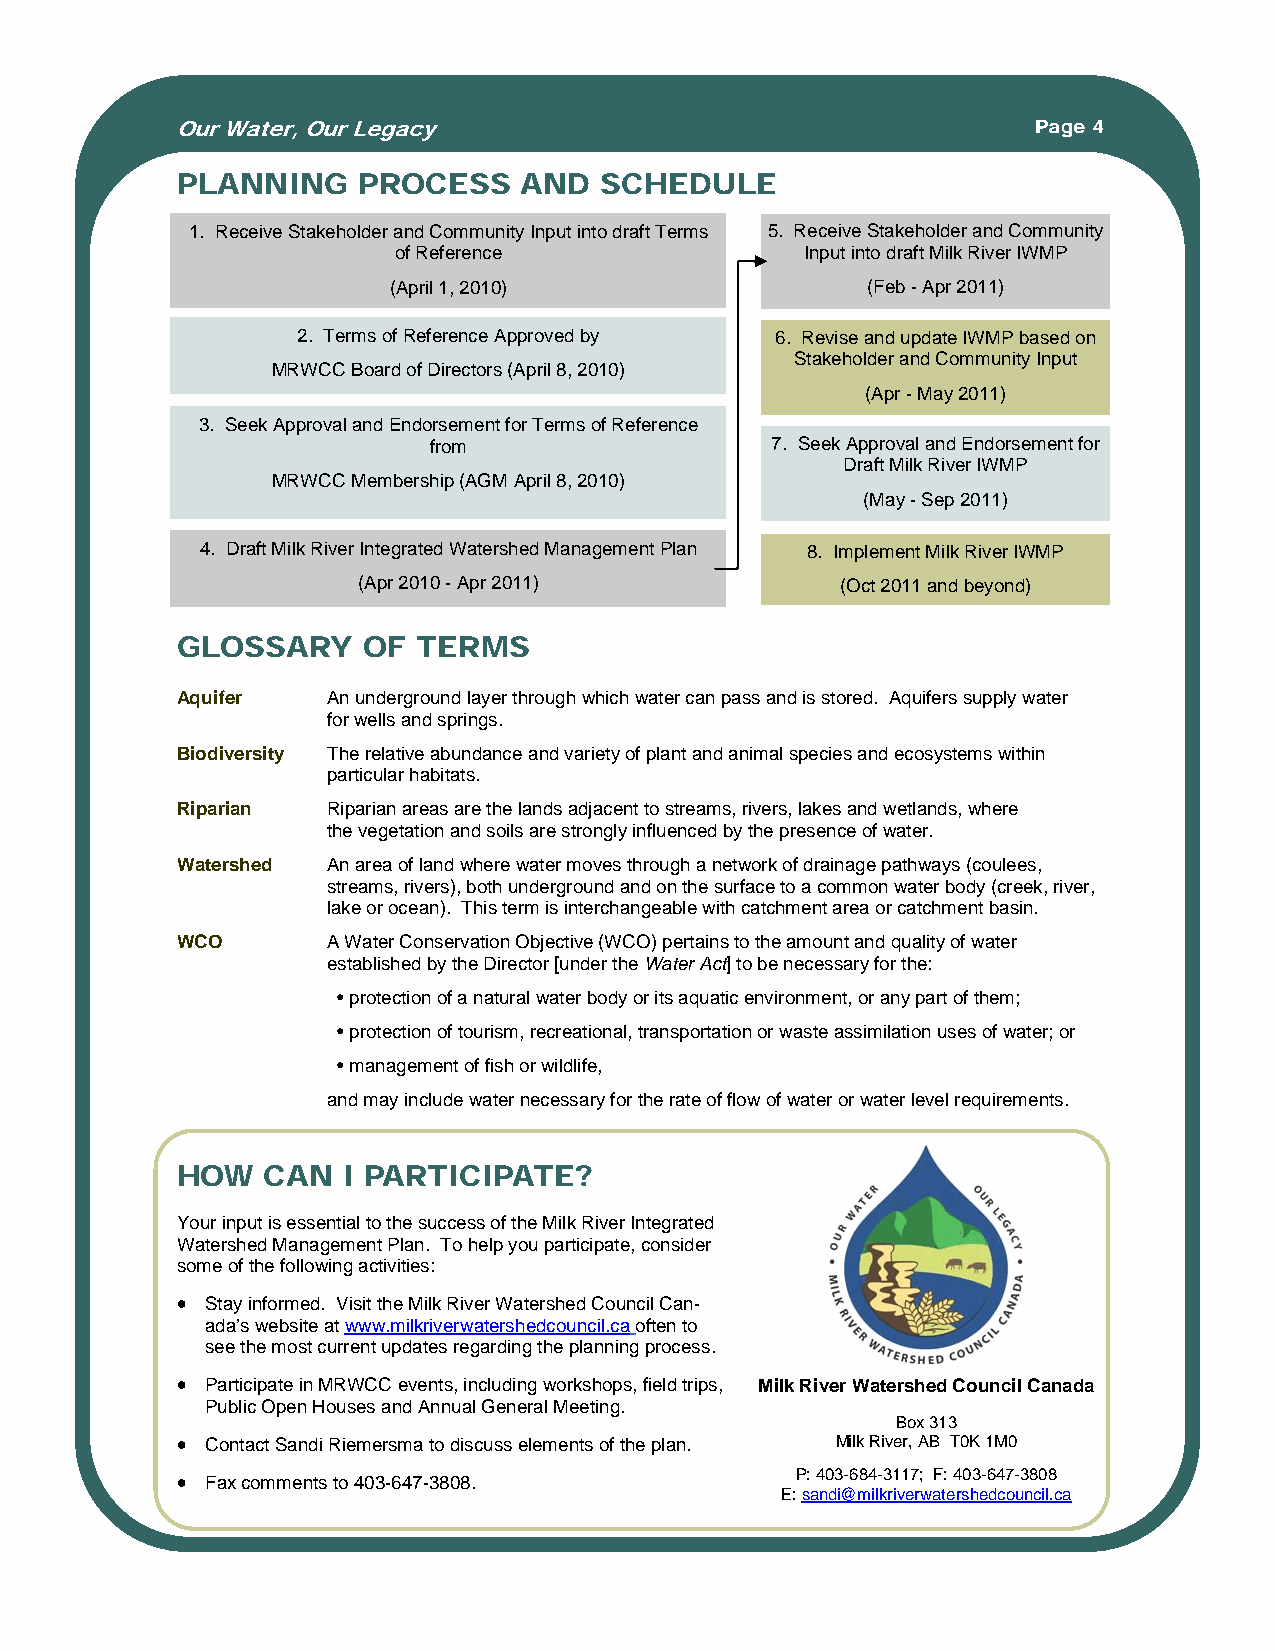
Our Water, Our Legacy                                   Page 4
 PLANNING    PROCESS    AND  SCHEDULE
 1. Receive Stakeholder and Community Input into draft Terms 5. Receive Stakeholder and Community
 of Reference               Input into draft Milk River IWMP
 (April 1, 2010)                (Feb - Apr 2011)
 2. Terms of Reference Approved by 6. Revise and update IWMP based on
 Stakeholder and Community Input
 MRWCC Board of Directors (April 8, 2010)
 (Apr - May 2011)
 3. Seek Approval and Endorsement for Terms of Reference
 from                   7. Seek Approval and Endorsement for
 Draft Milk River IWMP
 MRWCC Membership (AGM April 8, 2010)
 (May - Sep 2011)
 4. Draft Milk River Integrated Watershed Management Plan 8. Implement Milk River IWMP
 (Apr 2010 - Apr 2011)           (Oct 2011 and beyond)
 GLOSSARY    OF  TERMS
 Aquifer   An underground layer through which water can pass and is stored. Aquifers supply water
 for wells and springs.
 Biodiversity The relative abundance and variety of plant and animal species and ecosystems within
 particular habitats.
 Riparian  Riparian areas are the lands adjacent to streams, rivers, lakes and wetlands, where
 the vegetation and soils are strongly influenced by the presence of water.
 Watershed An area of land where water moves through a network of drainage pathways (coulees,
 streams, rivers), both underground and on the surface to a common water body (creek, river,
 lake or ocean). This term is interchangeable with catchment area or catchment basin.
 WCO       A Water Conservation Objective (WCO) pertains to the amount and quality of water
 established by the Director [under the Water Act] to be necessary for the:
 • protection of a natural water body or its aquatic environment, or any part of them;
 • protection of tourism, recreational, transportation or waste assimilation uses of water; or
 • management of fish or wildlife,
 and may include water necessary for the rate of flow of water or water level requirements.
 GLOSSARY OF TERMS
 HOW  CAN   I PARTICIPATE?
 Your input is essential to the success of the Milk River Integrated
 Watershed Management Plan. To help you participate, consider
 some of the following activities:
 • Stay informed. Visit the Milk River Watershed Council Can-
 ada’s website at www.milkriverwatershedcouncil.ca often to
 see the most current updates regarding the planning process.
 • Participate in MRWCC events, including workshops, field trips, Milk River Watershed Council Canada
 Public Open Houses and Annual General Meeting.
 Box 313
 • Contact Sandi Riemersma to discuss elements of the plan. Milk River, AB T0K 1M0
 • Fax comments to 403-647-3808.          P: 403-684-3117; F: 403-647-3808
 E: sandi@milkriverwatershedcouncil.ca